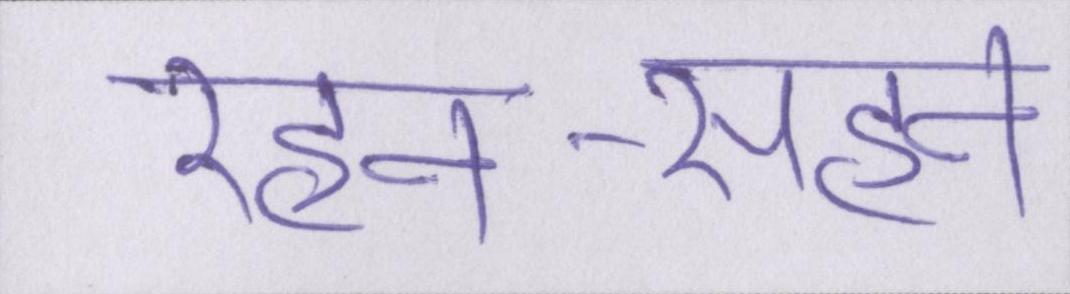
रहन-सहन